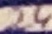
Text: 24